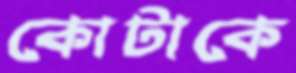
কোটাকে